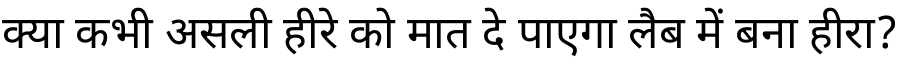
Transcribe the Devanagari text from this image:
क्या कभी असली हीरे को मात दे पाएगा लैब में बना हीरा?